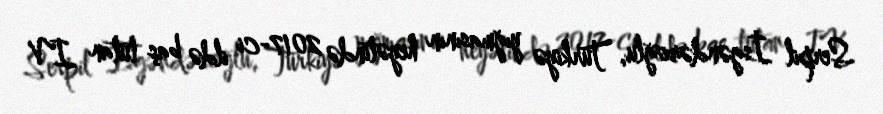
Serpil İsgəndəroğlu, Türkiyə yığmasının heyətində 2017-ci ildə baş tutan IV